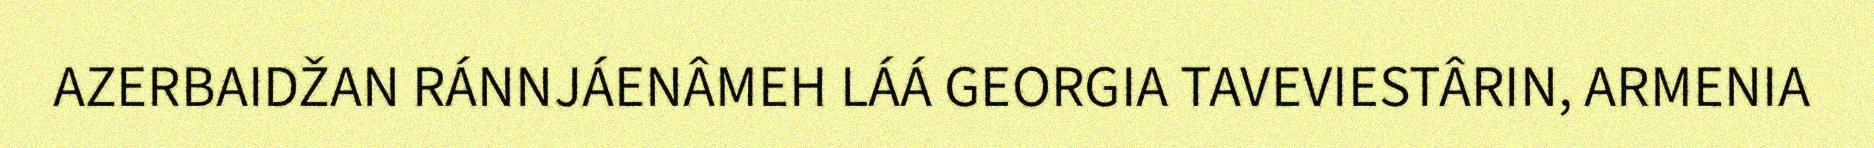
AZERBAIDŽAN RÁNNJÁENÂMEH LÁÁ GEORGIA TAVEVIESTÂRIN, ARMENIA